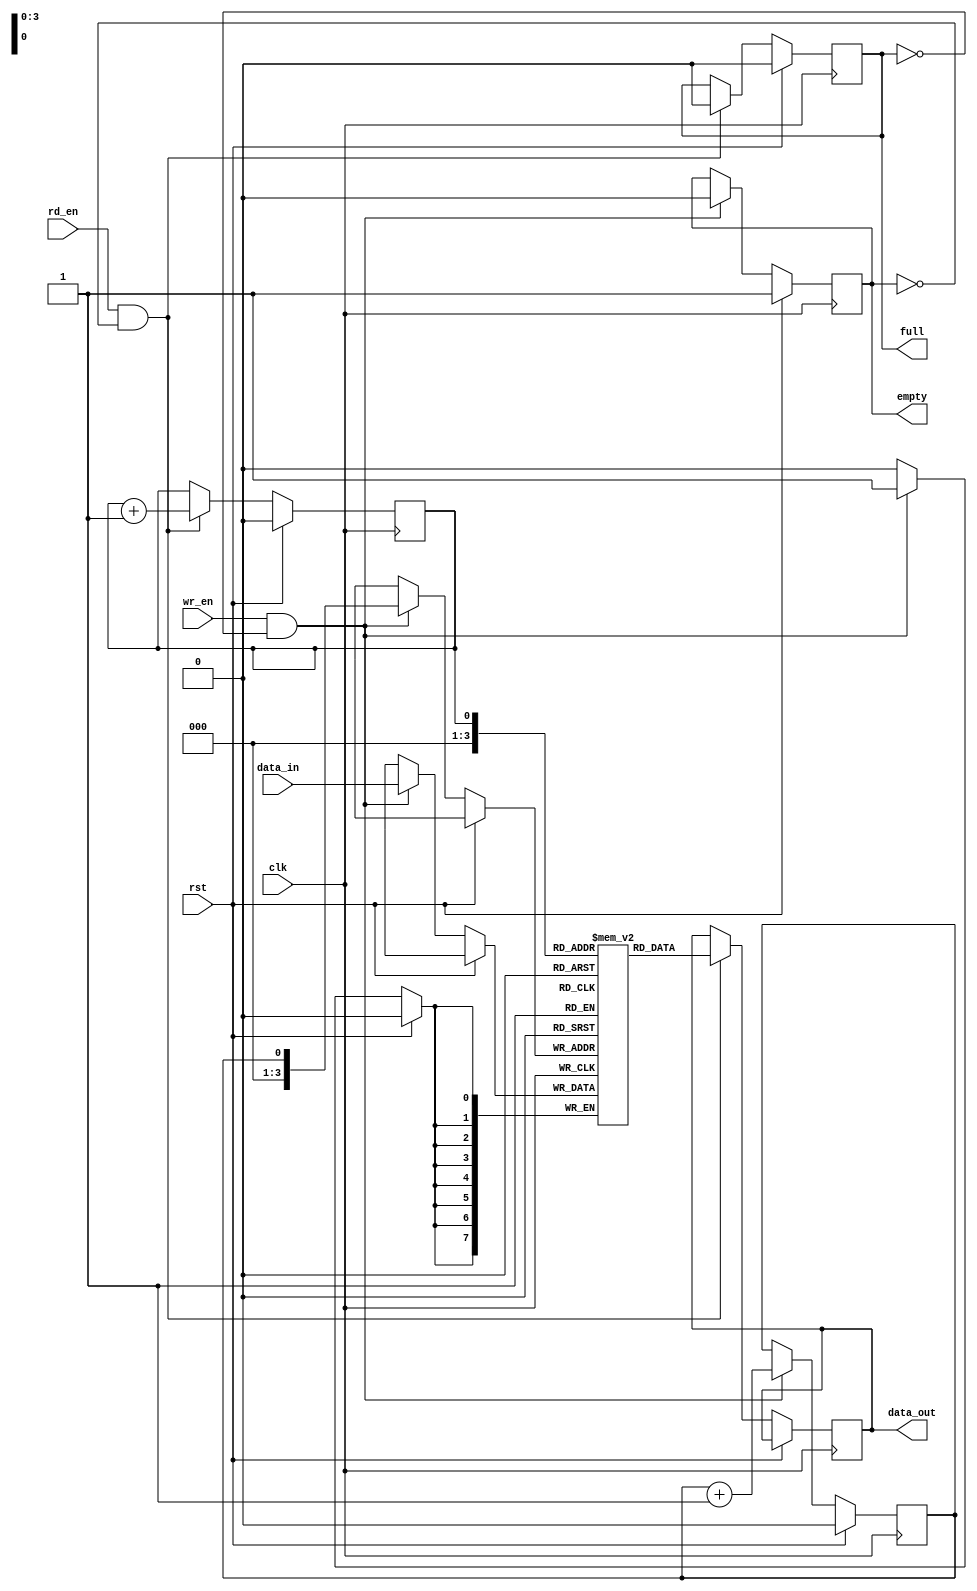
module fifo #(parameter DATA_WIDTH=8, parameter DEPTH=16, parameter ALMOST_FULL=1, parameter ALMOST_EMPTY=1)(
    input wire clk,                  // Clock input
    input wire rst,                  // Reset signal
    input wire wr_en,                // Write enable signal
    input wire rd_en,                // Read enable signal
    input wire [DATA_WIDTH-1:0] data_in,   // Input data
    output reg [DATA_WIDTH-1:0] data_out,  // Output data
    output reg full,                 // Full flag
    output reg empty                 // Empty flag
);

reg [(DATA_WIDTH-1):0] memory [DEPTH-1:0];   // Define memory array
reg wr_ptr = 0;                             // Write pointer
reg rd_ptr = 0;                             // Read pointer

always @(posedge clk) begin
    if (rst) begin
        wr_ptr <= 0;
        rd_ptr <= 0;
        full <= 0;
        empty <= 1;
    end else begin
        // Write operation
        if (wr_en && ~full) begin
            memory[wr_ptr] <= data_in;
            wr_ptr <= wr_ptr + 1;
            if (wr_ptr == DEPTH-1) begin
                full <= 1;
            end
            empty <= 0;
        end
        
        // Read operation
        if (rd_en && ~empty) begin
            data_out <= memory[rd_ptr];
            rd_ptr <= rd_ptr + 1;
            if (rd_ptr == DEPTH-1) begin
                empty <= 1;
            end
            full <= 0;
        end
        
        // Handle almost full and almost empty flags
        if (ALMOST_FULL && (wr_ptr == DEPTH/2)) begin
            // Implement almost full functionality here
        end
        
        if (ALMOST_EMPTY && (rd_ptr == DEPTH/2)) begin
            // Implement almost empty functionality here
        end
    end
end

endmodule